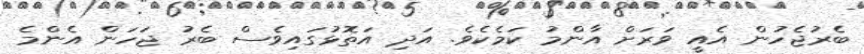
ބެރުޖެހުން އެއީ ވަރަށް އާންމު ކަމެކެވެ. އަދި އަތޮޅުގައިވެސް ބެރު ޖަހަން އެންމެ